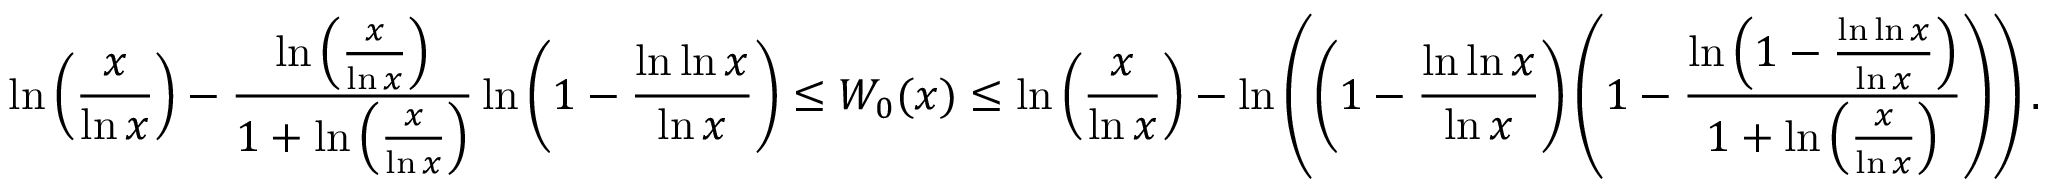
\ln \left( { \frac { x } { \ln x } } \right) - { \frac { \ln \left( { \frac { x } { \ln x } } \right) } { 1 + \ln \left( { \frac { x } { \ln x } } \right) } } \ln \left( 1 - { \frac { \ln \ln x } { \ln x } } \right) \leq W _ { 0 } ( x ) \leq \ln \left( { \frac { x } { \ln x } } \right) - \ln \left( \left( 1 - { \frac { \ln \ln x } { \ln x } } \right) \left( 1 - { \frac { \ln \left( 1 - { \frac { \ln \ln x } { \ln x } } \right) } { 1 + \ln \left( { \frac { x } { \ln x } } \right) } } \right) \right) .